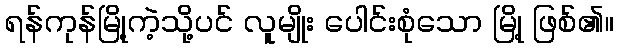
ရန်ကုန်မြို့ကဲ့သို့ပင် လူမျိုး ပေါင်းစုံသော မြို့ ဖြစ်၏။